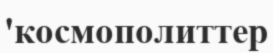
'космополиттер